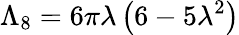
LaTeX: \Lambda_{8}=6\pi\lambda\left(6-5\lambda^{2}\right)